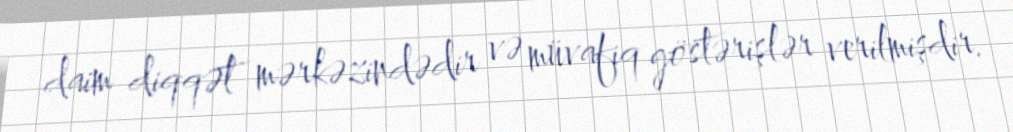
daim diqqət mərkəzindədir və müvafiq göstərişlər verilmişdir.